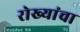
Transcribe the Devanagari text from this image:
रोख्यांचा